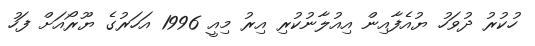
ހުކުރު ދުވަހު ޔުއެފާއިން އިއުލާނުކުރި އިރު މިއީ 1996 އަހަރުގެ ޔޫރޯއަށް ފަހު